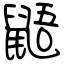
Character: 鼯